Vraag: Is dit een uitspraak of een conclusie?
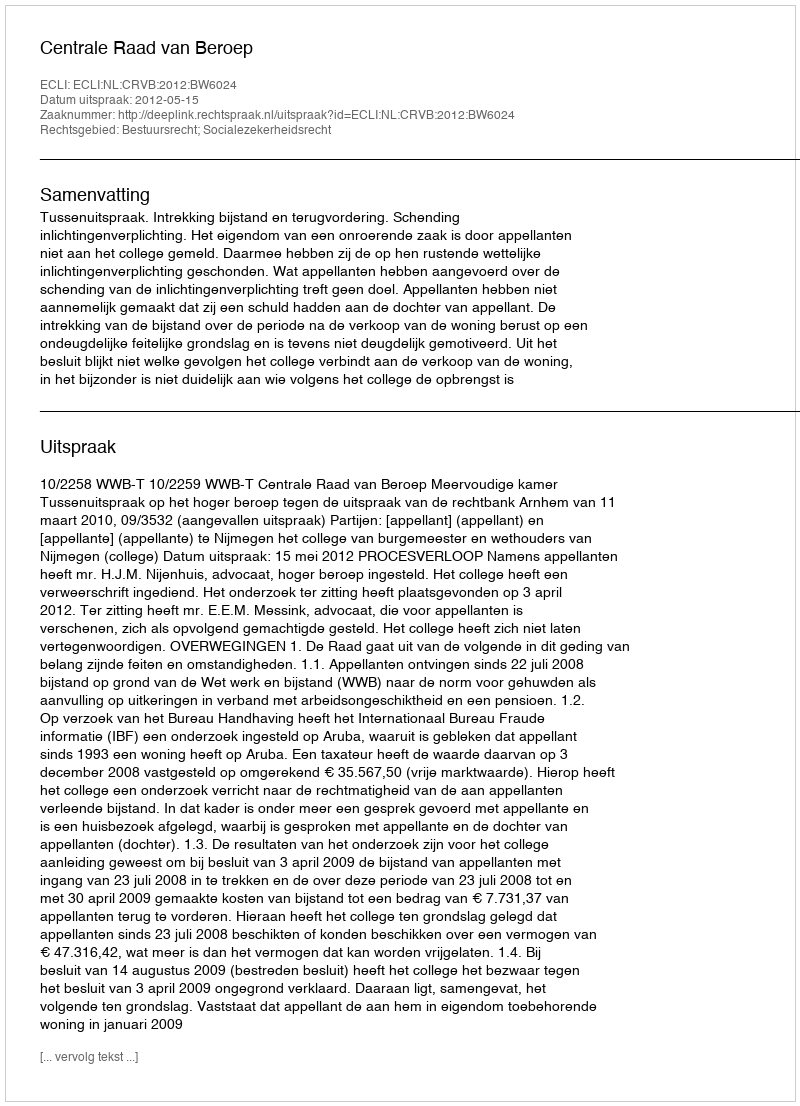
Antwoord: Uitspraak